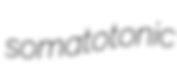
somatotonic